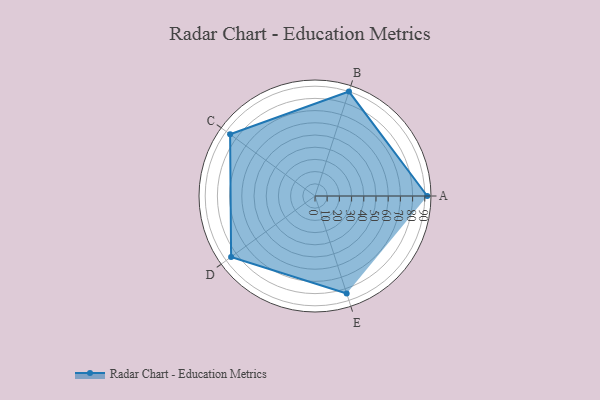
{"axis": {"x": "Skill", "y": "Score"}, "legend": ["Profile"], "data": [{"x": "A", "y": 92.0, "type": "Profile"}, {"x": "B", "y": 90.0, "type": "Profile"}, {"x": "C", "y": 86.0, "type": "Profile"}, {"x": "D", "y": 85.0, "type": "Profile"}, {"x": "E", "y": 84.0, "type": "Profile"}]}